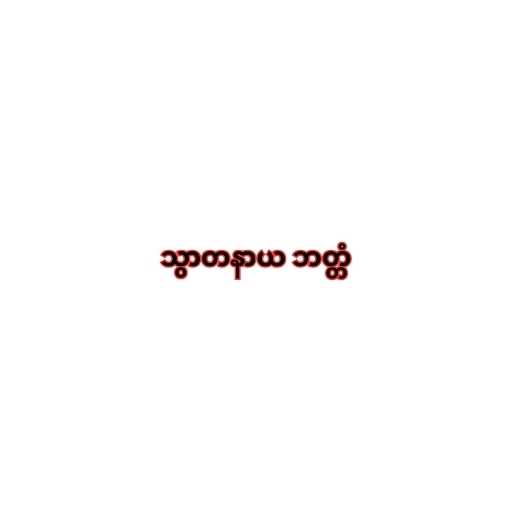
သွာတနာယ ဘတ္တံ